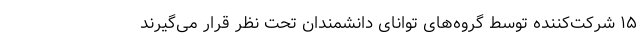
۱۵ شرکت‌کننده توسط گروه‌های توانای دانشمندان تحت نظر قرار می‌گیرند